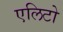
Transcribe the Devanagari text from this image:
एलिटो